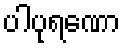
ပါပုရဏော